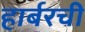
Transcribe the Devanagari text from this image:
हार्बरची